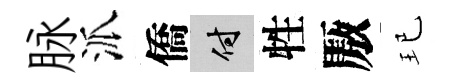
脉派僑付牲厫玘